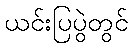
ယင်းပြပွဲတွင်